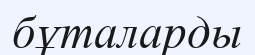
бұталарды